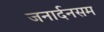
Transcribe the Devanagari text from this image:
जनार्दनसम